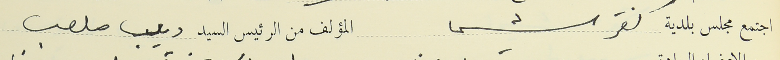
اجتمع مجلس بلدية كفرشيما المؤلف من الرئيس السيد ديب ملعب